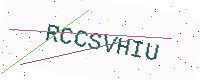
Text: RCCSVHIU